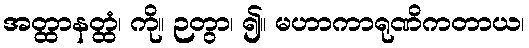
အတ္ထာနတ္ထံ၊ ကို။ ဉတွာ၊ ၍။ မဟာကာရုဏိကတာယ၊